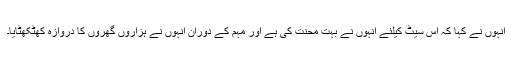
انہوں نے کہا کہ اس سیٹ کیلئے انہوں نے بہت محنت کی ہے اور مہم کے دوران انہوں نے ہزاروں گھروں کا دروازہ کھٹکھٹایا۔